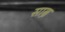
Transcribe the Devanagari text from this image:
साब्रे